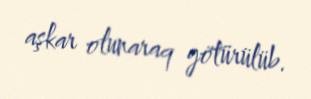
aşkar olunaraq götürülüb.